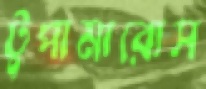
টুপামারোস